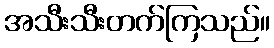
အသီးသီးတက်ကြသည်။